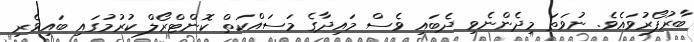
ބާރުފޯރުވައެވެ. ނުވަތަ މިދެންނެވި ދެބައި ވެސް މައިދާގެ މަސައްކަތް ކޮންޓްރޯލް ކުރުމުގައި ބައިވެރި